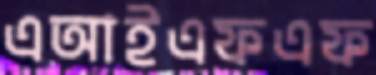
এআইএফএফ